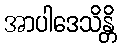
အာပါဒေသိန္တိ